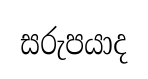
සරුපයාද